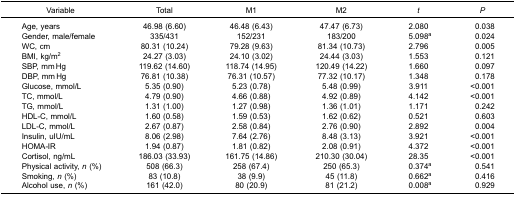
<table><thead><tr><td><b>Variable</b></td><td><b>Total</b></td><td><b>M1</b></td><td><b>M2</b></td><td><b><i>t</i></b></td><td><b><i>P</i></b></td></tr></thead><tbody><tr><td>Age, years</td><td>46.98 (6.60)</td><td>46.48 (6.43)</td><td>47.47 (6.73)</td><td>2.080</td><td>0.038</td></tr><tr><td>Gender, male/female</td><td>335/431</td><td>152/231</td><td>183/200</td><td>5.098<sup>a</sup></td><td>0.024</td></tr><tr><td>WC, cm</td><td>80.31 (10.24)</td><td>79.28 (9.63)</td><td>81.34 (10.73)</td><td>2.796</td><td>0.005</td></tr><tr><td>BMI, kg/m<sup>2</sup></td><td>24.27 (3.03)</td><td>24.10 (3.02)</td><td>24.44 (3.03)</td><td>1.553</td><td>0.121</td></tr><tr><td>SBP, mm Hg</td><td>119.62 (14.60)</td><td>118.74 (14.95)</td><td>120.49 (14.22)</td><td>1.660</td><td>0.097</td></tr><tr><td>DBP, mm Hg</td><td>76.81 (10.38)</td><td>76.31 (10.57)</td><td>77.32 (10.17)</td><td>1.348</td><td>0.178</td></tr><tr><td>Glucose, mmol/L</td><td>5.35 (0.90)</td><td>5.23 (0.78)</td><td>5.48 (0.99)</td><td>3.911</td><td>&lt;0.001</td></tr><tr><td>TC, mmol/L</td><td>4.79 (0.90)</td><td>4.66 (0.88)</td><td>4.92 (0.89)</td><td>4.142</td><td>&lt;0.001</td></tr><tr><td>TG, mmol/L</td><td>1.31 (1.00)</td><td>1.27 (0.98)</td><td>1.36 (1.01)</td><td>1.171</td><td>0.242</td></tr><tr><td>HDL-C, mmol/L</td><td>1.60 (0.58)</td><td>1.59 (0.53)</td><td>1.62 (0.62)</td><td>0.521</td><td>0.603</td></tr><tr><td>LDL-C, mmol/L</td><td>2.67 (0.87)</td><td>2.58 (0.84)</td><td>2.76 (0.90)</td><td>2.892</td><td>0.004</td></tr><tr><td>Insulin, uIU/mL</td><td>8.06 (2.98)</td><td>7.64 (2.76)</td><td>8.48 (3.13)</td><td>3.921</td><td>&lt;0.001</td></tr><tr><td>HOMA-IR</td><td>1.94 (0.87)</td><td>1.81 (0.82)</td><td>2.08 (0.91)</td><td>4.372</td><td>&lt;0.001</td></tr><tr><td>Cortisol, ng/mL</td><td>186.03 (33.93)</td><td>161.75 (14.86)</td><td>210.30 (30.04)</td><td>28.35</td><td>&lt;0.001</td></tr><tr><td>Physical activity, <i>n</i> (%)</td><td>508 (66.3)</td><td>258 (67.4)</td><td>250 (65.3)</td><td>0.374<sup>a</sup></td><td>0.541</td></tr><tr><td>Smoking, <i>n</i> (%)</td><td>83 (10.8)</td><td>38 (9.9)</td><td>45 (11.8)</td><td>0.662<sup>a</sup></td><td>0.416</td></tr><tr><td>Alcohol use, <i>n</i> (%)</td><td>161 (42.0)</td><td>80 (20.9)</td><td>81 (21.2)</td><td>0.008<sup>a</sup></td><td>0.929</td></tr></tbody></table>